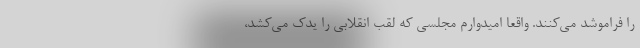
را فراموشد می‌کنند. واقعا امیدوارم مجلسی که لقب انقلابی را یدک می‌کشد،